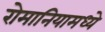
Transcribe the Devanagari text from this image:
रोमानियामध्ये